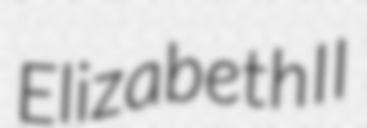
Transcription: Elizabeth II